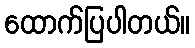
ထောက်ပြပါတယ်။